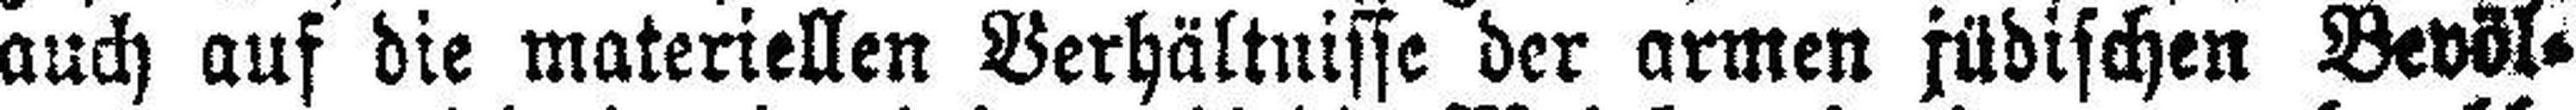
auch auf die materiellen Verhältnisse der armen jüdischen Bevöl¬